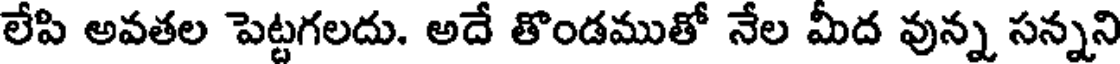
లేపి అవతల పెట్టగలదు. అదే తొండముతో నేల మీద వున్న సన్నని